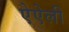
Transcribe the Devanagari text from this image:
ऐऐली